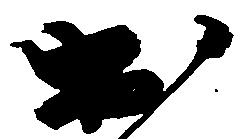
出